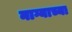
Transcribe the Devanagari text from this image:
नाग्याच्या